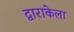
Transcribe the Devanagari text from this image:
द्वाराकेला